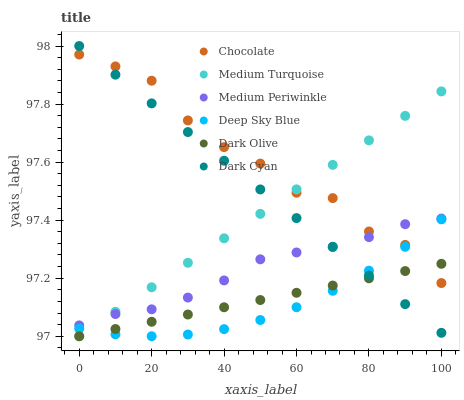
| xaxis_label | Chocolate | Medium Turquoise | Medium Periwinkle | Deep Sky Blue | Dark Olive | Dark Cyan |
 | --- | --- | --- | --- | --- | --- | --- |
 | 0 | 98 | 97 | 97 | 97 | 97 | 98 |
 | 10 | 97.9 | 97.1 | 97.1 | 97 | 97 | 97.9 |
 | 20 | 97.9 | 97.2 | 97.1 | 97 | 97 | 97.8 |
 | 30 | 97.7 | 97.3 | 97.1 | 97 | 97.1 | 97.7 |
 | 40 | 97.7 | 97.3 | 97.2 | 97 | 97.1 | 97.6 |
 | 50 | 97.6 | 97.4 | 97.3 | 97.1 | 97.1 | 97.5 |
 | 60 | 97.5 | 97.5 | 97.3 | 97.1 | 97.1 | 97.4 |
 | 70 | 97.5 | 97.6 | 97.3 | 97.2 | 97.2 | 97.3 |
 | 80 | 97.4 | 97.7 | 97.3 | 97.2 | 97.2 | 97.2 |
 | 90 | 97.3 | 97.8 | 97.4 | 97.3 | 97.2 | 97.1 |
 | 100 | 97.2 | 97.8 | 97.4 | 97.4 | 97.2 | 97 |